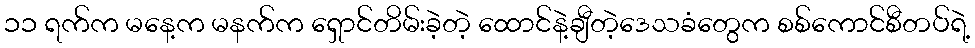
၁၁ ရက်က မနေ့က မနက်က ရှောင်တိမ်းခဲ့တဲ့ ထောင်နဲ့ချီတဲ့ဒေသခံတွေက စစ်ကောင်စီတပ်ရဲ့